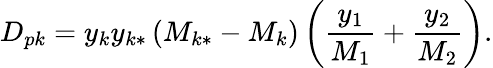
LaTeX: D_{pk}=y_{k}y_{k*}\left(M_{k*}-M_{k}\right)\left(\frac{y_{1}}{M_{1}}+\frac{y_{2}}{M_{2}}\right).